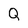
Character: Q